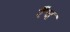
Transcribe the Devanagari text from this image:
रँच